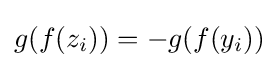
g(f(z_{i}))=-g(f(y_{i}))